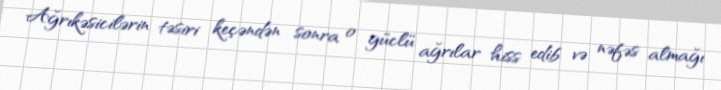
Ağrıkəsicilərin təsiri keçəndən sonra o güclü ağrılar hiss edib və nəfəs almağı